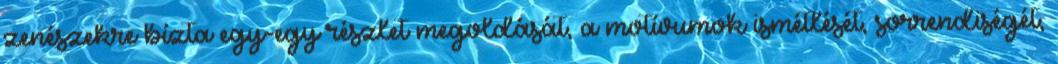
zenészekre bízta egy-egy részlet megoldását, a motívumok ismétlését, sorrendiségét,